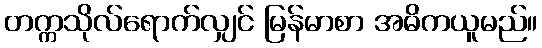
တက္ကသိုလ်ရောက်လျှင် မြန်မာစာ အဓိကယူမည်။